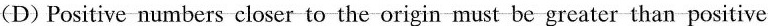
(D)Positive numbers closer to the origin must be greater than positive